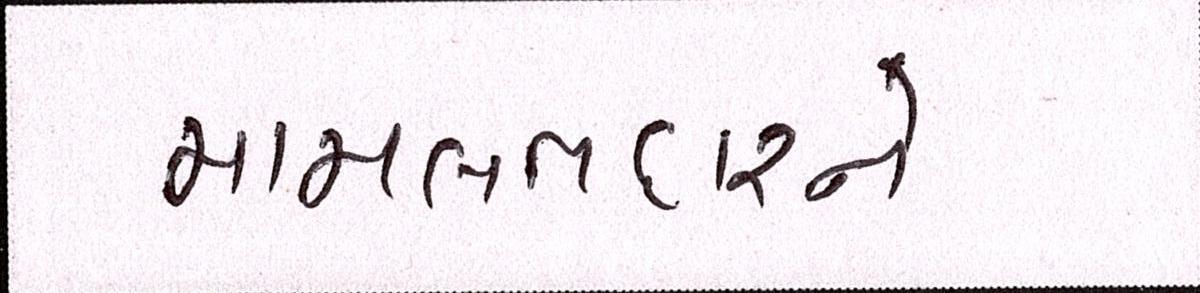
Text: મામલતદારને